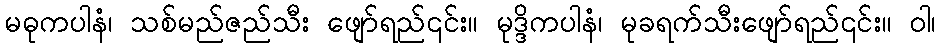
မဓုကပါနံ၊ သစ်မည်ဇည်သီး ဖျော်ရည်၎င်း။ မုဒ္ဒိကပါနံ၊ မုခရက်သီးဖျော်ရည်၎င်း။ ဝါ၊